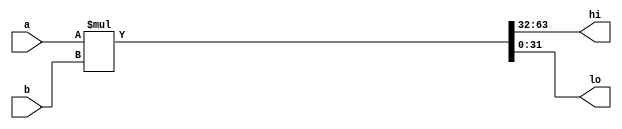
module multiplier(
    input wire [31:0] a,
    input wire [31:0] b,
    output wire [31:0] hi,
    output wire [31:0] lo
);

wire [63:0] y;
     assign y = a * b;
     assign hi = y[63:32];
     assign lo = y[31:0];
endmodule